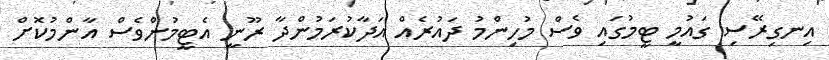
އިނގިރޭސި ގައުމީ ޓީމުގައި ވެސް މުހިންމު ދައުރެއް އަދާކުރަމުންދާ ރޫނީ އެޓީމުންވެސް އާންމުކޮށް